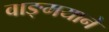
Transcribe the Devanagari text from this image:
वाङ्मयाने